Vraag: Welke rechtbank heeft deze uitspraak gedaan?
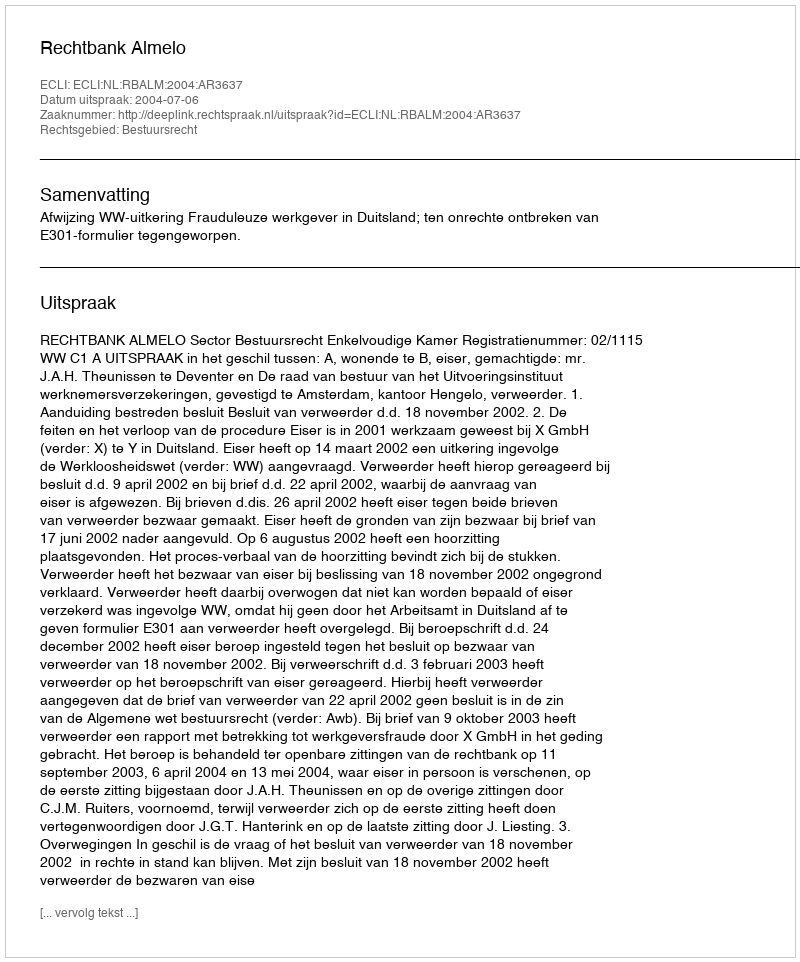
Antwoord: Rechtbank Almelo